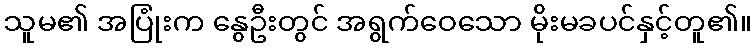
သူမ၏ အပြုံးက နွေဦးတွင် အရွက်ဝေသော မိုးမခပင်နှင့်တူ၏။